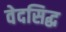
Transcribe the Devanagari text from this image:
वेदसिद्ध